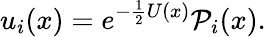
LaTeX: u_{i}(x)=e^{-{\frac{1}{2}}U(x)}{\cal P}_{i}(x).